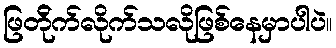
ဖြတ်ိုက်လိုက်သလိုဖြစ်နေမှာပါပဲ။